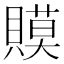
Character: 𧷸